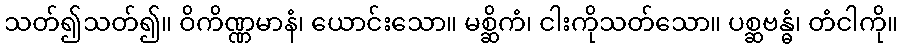
သတ်၍သတ်၍။ ဝိကိဏ္ဏမာနံ၊ ယောင်းသော။ မစ္ဆိကံ၊ ငါးကိုသတ်သော။ ပစ္ဆဗန္ဓံ၊ တံငါကို။